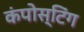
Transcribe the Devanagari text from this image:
कंपोस्टिंग